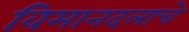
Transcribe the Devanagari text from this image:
विमानदलाचे